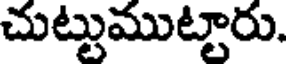
చుట్టుముట్టారు.